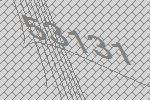
53131